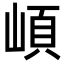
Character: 崸